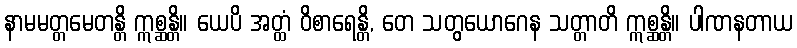
နာမမတ္တမေတန္တိ ဣစ္ဆန္တိ။ ယေပိ အတ္ထံ ဝိစာရေန္တိ, တေ သတွယောဂေန သတ္တာတိ ဣစ္ဆန္တိ။ ပါဏနတာယ